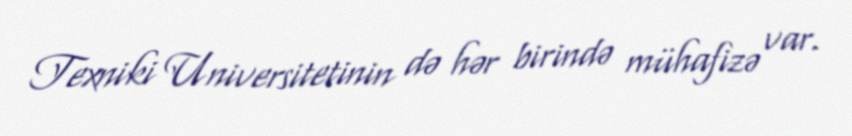
Texniki Universitetinin də hər birində mühafizə var.